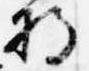
将